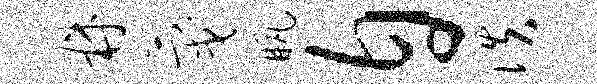
鼎蔑瓶自佚